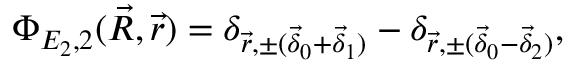
\Phi _ { E _ { 2 } , 2 } ( \vec { R } , \vec { r } ) = \delta _ { \vec { r } , \pm ( \vec { \delta } _ { 0 } + \vec { \delta } _ { 1 } ) } - \delta _ { \vec { r } , \pm ( \vec { \delta } _ { 0 } - \vec { \delta } _ { 2 } ) } ,